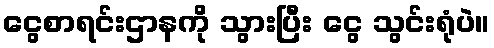
ငွေစာရင်းဌာနကို သွားပြီး ငွေ သွင်းရုံပဲ။